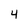
Character: 4